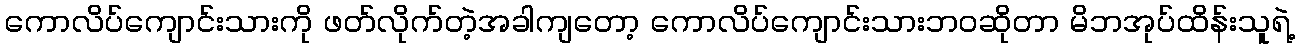
ကောလိပ်ကျောင်းသားကို ဖတ်လိုက်တဲ့အခါကျတော့ ကောလိပ်ကျောင်းသားဘဝဆိုတာ မိဘအုပ်ထိန်းသူရဲ့